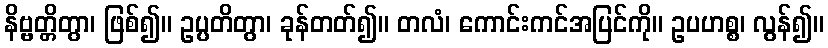
နိဗ္ဗတ္တိတွာ၊ ဖြစ်၍။ ဥပ္ပတိတွာ၊ ခုန်တတ်၍။ တလံ၊ ကောင်းကင်အပြင်ကို။ ဥပဟစ္စ၊ လွန်၍။